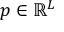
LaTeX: p \in \mathbb { R } ^ { L }